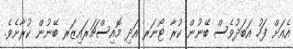
އެއަށް ފަހު އަބަދުވެސް ބޭނުން ކުރާ ޓޯނަރ އަދި މޮއިސްޗަރައިޒަރ ބޭނުން ކުރާށެވެ.